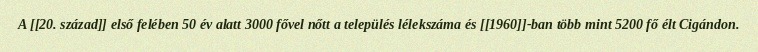
A [[20. század]] első felében 50 év alatt 3000 fővel nőtt a település lélekszáma és [[1960]]-ban több mint 5200 fő élt Cigándon.